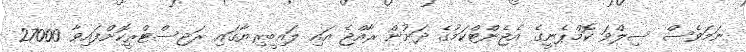
ނަމަވެސް ސިލްވަ ކޮމްޕެނީގެ އެޖެންޓްކަމުގެ ދަށުން ރާއްޖެ އައި ލައިބީރިޔާގައި ރަޖިސްޓްރީކޮށްފައިވާ 27000